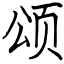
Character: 颂